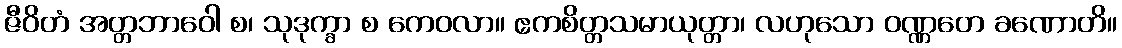
ဇီဝိတံ အတ္တဘာဝေါ စ၊ သုဒုက္ခာ စ ကေဝလာ။ ဧကစိတ္တသမာယုတ္တာ၊ လဟုသော ဝဏ္ဏတေ ခဏောတိ။